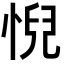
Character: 𢞌